Leaving Certificate Examination, 1905
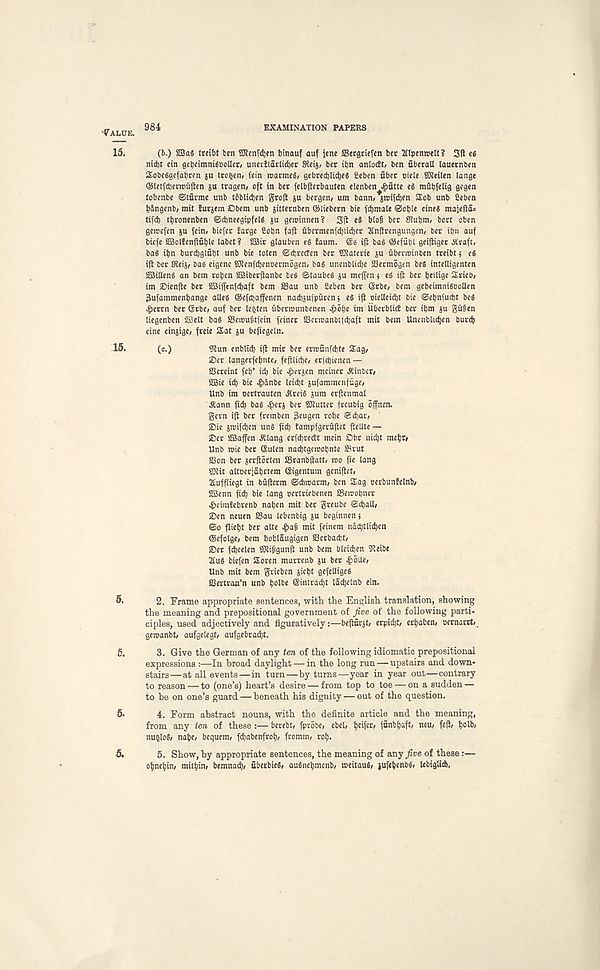
984
EXAMINATION PAPERS
(6.) 2Sa« treibt ben SKenfdjen tnnauf auf jene aSergciefen bet Jllpenwelt? Sft e«
nid)t ein gebeimnUoolIet/ uneitlarlidjec SReij, bet itjn anloctt^ ben uberall lauetnben
Sobeggefabten ju trogen, (ein roarmeS, gebrecl)ltcl)e6 2eben fiber ciele SKeilen lange
©letfcbermiiften ju tragen/ oft in bet felbfterbauten elenben^fitte eg mfibfelis 9^9*"
tobenbe ©tficme unb tbblicben gtoji ju bergen/ um bann» * wifdjen Sob unb 2eben
t)5ngenb, mit turjem Dbem unb }itternben ©liebetn bie fdjmale ©ot)te ctnes majefia;
tifd) tbronenben ©cfeneegipfelg ju gerotnnen? 3(1 eS blofi bet Siubm, bort oben
geroefen ju fetn/ biefet fatge Cotjn faft ubermenfcbiidjer Xnfirengungen, bet iijn auf
btefe ffiSolfenfifitjle label? SBir glauben eg baum. ©s iff bag ©efubl geijliger Jitraft,
bag iljn burdjglfibt unb bie toten ©cbrerten bet SOiaterie ju ubenoinben treibt 5 eg
i|l bet SKeij; bas eigcnc S3tenfd)enoermogen) bag unenblidje SSermogen beg intelligenten
fSilleng an bem roben 2Biberftanbe beg ©taubeg ju tneffen j eg i|i bet bt' lige Srieb,
im £>tenfie bet 5Bifftnfd)aft bem SSau unb 2eben bet Gstbe, bem gebeimnigoollen
3ufammenbange alleg ©efcbaffenen nacbjuiputen 5 eg iji oielleicbt bie ©ebnfucbt beg
#errn bet (Stbe, auf bet lenten ubenuunbenen ^)5t)e im UberblicE bet ibm ju gugen
liegenben iffielt bag SBetougtfein feinet 23crn>anbt(ci)aft mit bem Unenbltcben burcb
cine einjige, fteie Sat ju beftegeln.
(c.)
5Eun enblid) ift mit bet errofinfcbte Sag^
SDer langerfeljnte, fefilicbe/ erittjienen —
SSeteint fet)’ id) bie ^>erjen meinet JCinbet/
SOSi e i cl ) bie «&dnbe leidjt jufammenfiige,
Unb im oertrauten JCreig jum erftenmal
^ann fid) bag ^erj bet SJtuttet freubig offnen.
gem iji bet fremben 3eugen rot)e ©djat/
IDie jmif^en ung fid) tampfgcrfifiet (iellte —
jDer SBaffen ^lang etfd)tecbt mein Dbt nid^t mefjt/
Unb mie bet (Sulen nadjtgemobnte Srut
58on bet jerfiotten SSranbjiatt/ mo fie lang
SEJUt altoetiabrtem (Sigentum gcnifiet,
21uffliegt in bufietm ©dimarm/ ben Sag oerbunfetnb/
fBenn ficb bie lang pertriebenen SSemotjnet
^etmfebtenb naben mit bet greube ©cbalW
jDen neuen ffiau lebenbig ju beginnen j
©0 fliebt bet alte .§afj mit feinem ndcbttidjen
©efolge, bem boblaugigen S3etbad)t,
©et fdjeelen SJtijigunft unb bem bleidjen 9ieibe
2Cug biefen Soren murrenb ju bet ^)6ae,
Unb mit bem grieben jicljt gefelligeg
SSertrau’n unb bolbe ©intracbt ladjelnb ein.
2. Frame appropriate sentences, with the English translation, showing
the meaning and prepositional government of Jive of the following parti-
ciples, used adjectively and figuratively:—befifirjt/ erpidjt, erbabem oernartt
gemanbt/ aufgelegh aufgebrad)t.
3. Give the German of any ten of the following idiomatic prepositional
expressions :—In broad daylight — in the long run — upstairs and down-
stairs—at all events—in turn—by turns—year in year out—contrary
to reason — to (one’s) heart’s desire — from top to toe — on a sudden —
to be on one’s guard — beneath his dignity — out of the question.
4. Form abstract nouns, with the definite article and the meaning,
from any ten of these:— berebt, [probe, ebel, Ijeifer, ffinb^aft, neu, fed, t)olb,
nufclog, nabe, bequem, fdjabenfrof), fromm, rob-
5. Show, by appropriate sentences, the meaning of any five of these:—
otjnebin, mittfin, bemnad), fiberbieg, augnebmenb, meitaug, jufebmbg, UbigUd.